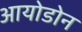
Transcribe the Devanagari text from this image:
आयोडोन